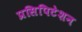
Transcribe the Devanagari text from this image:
प्रसिपिटेशन